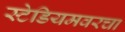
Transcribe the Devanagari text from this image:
स्टेडियमवरचा